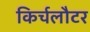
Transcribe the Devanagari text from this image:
किर्चलौटर